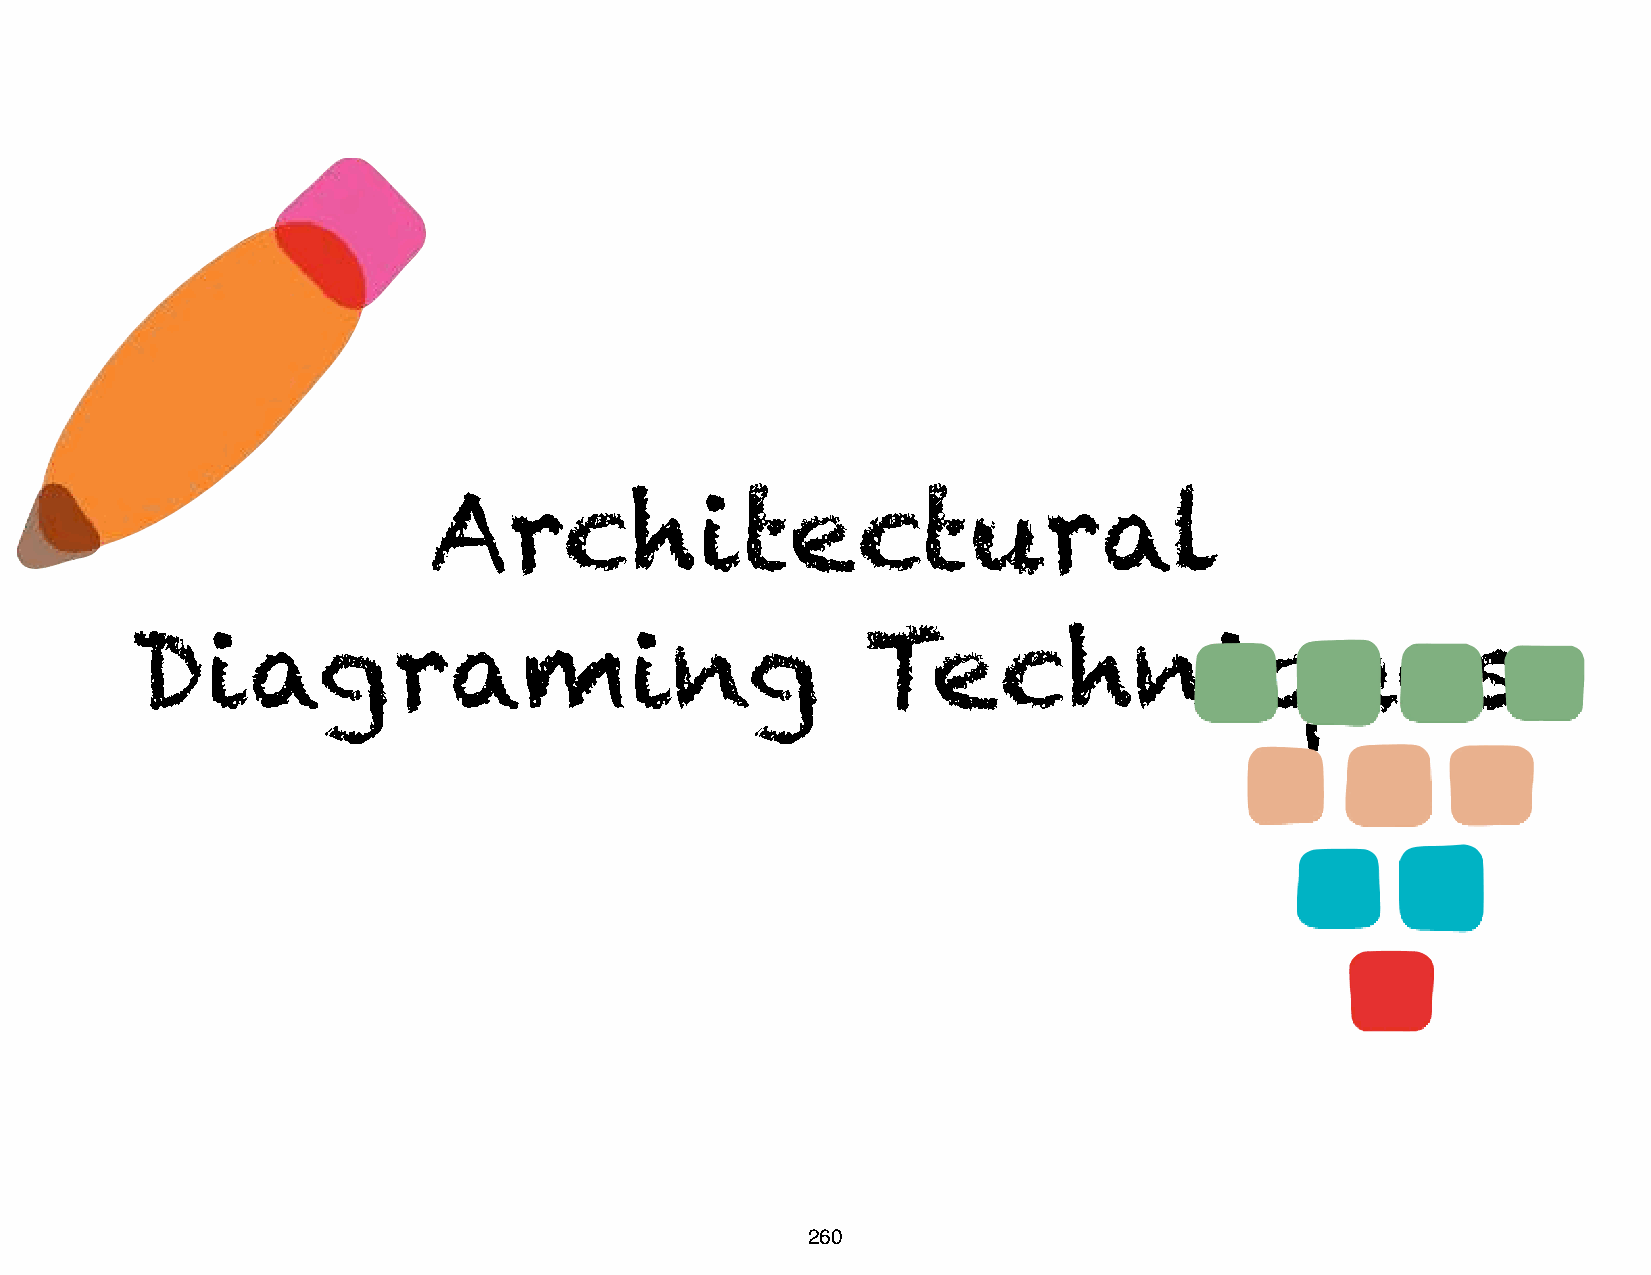
Architectural
 Diagraming                                      Techniques
 260